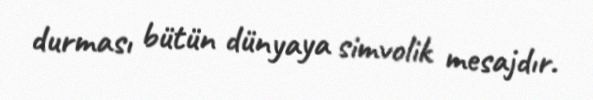
durması bütün dünyaya simvolik mesajdır.